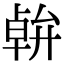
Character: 𠦷